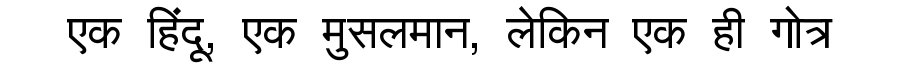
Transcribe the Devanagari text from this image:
एक हिंदू, एक मुसलमान, लेकिन एक ही गोत्र